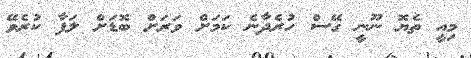
މިއީ ތެޔޮ ނޫނީ ގޭސް ހުރެދާނެ ކަމަށް ވަރަށް ބޮޑަށް ލަފާ ކުރެވޭ